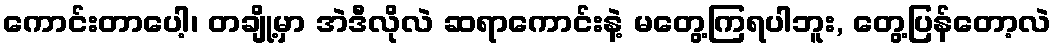
ကောင်းတာပေါ့၊ တချို့မှာ အဲဒီလိုလဲ ဆရာကောင်းနဲ့ မတွေ့ကြရပါဘူး, တွေ့ပြန်တော့လဲ